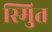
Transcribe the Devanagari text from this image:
स्मुित